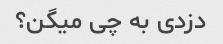
دزدی به چی میگن؟